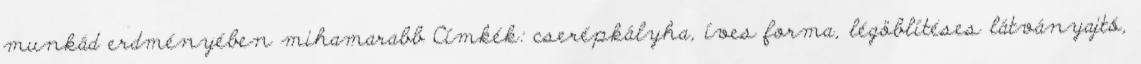
munkád erdményében mihamarabb Címkék: cserépkályha, íves forma, légöblítéses látványajtó,